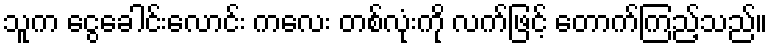
သူက ငွေခေါင်းလောင်း ကလေး တစ်လုံးကို လက်ဖြင့် တောက်ကြည့်သည်။